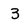
Character: 3